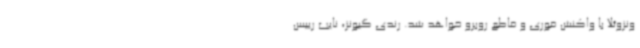
ونزوئلا با واکنش فوری و قاطع روبرو خواهد شد. رندی گیونز، نایب رییس